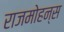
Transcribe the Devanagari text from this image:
राजमोहन्स